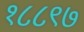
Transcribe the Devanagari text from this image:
१८८९७